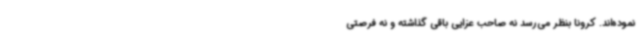
نموده‌اند. کرونا بنظر می‌رسد نه صاحب عزایی باقی گذاشته و نه فرصتی